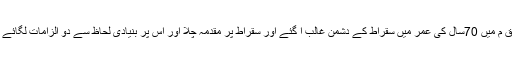
399ق م میں 70سال کی عمر میں سقراط کے دشمن غالب آ گئے اور سقراط پر مقدمہ چلا اور اس پر بنیادی لحاظ سے دو الزامات لگائے گئے۔